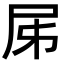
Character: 𡰾